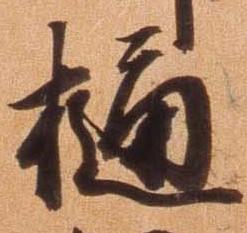
樋